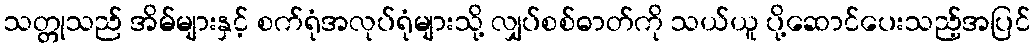
သတ္တုသည် အိမ်များနှင့် စက်ရုံအလုပ်ရုံများသို့ လျှပ်စစ်ဓာတ်ကို သယ်ယူ ပို့ဆောင်ပေးသည့်အပြင်